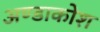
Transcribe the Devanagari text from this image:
अण्डाकोश